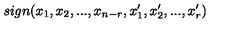
s i g n ( x _ { 1 } , x _ { 2 } , . . . , x _ { n - r } , x _ { 1 } ^ { \prime } , x _ { 2 } ^ { \prime } , . . . , x _ { r } ^ { \prime } )